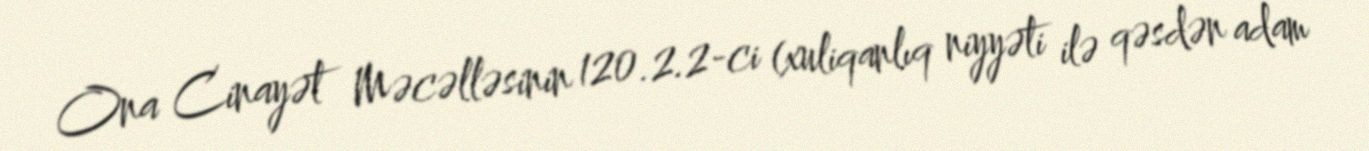
Ona Cinayət Məcəlləsinin 120.2.2-ci (xuliqanlıq niyyəti ilə qəsdən adam